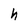
Character: h